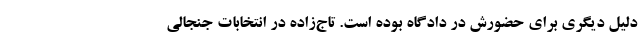
دلیل دیگری برای حضورش در دادگاه بوده است. تاج‌زاده در انتخابات جنجالی